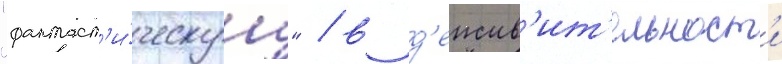
"фантаст'и́ческуу" / в д'еиств'ит'ельност'и